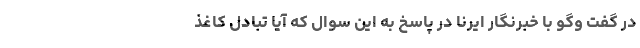
در گفت وگو با خبرنگار ایرنا در پاسخ به این سوال که آیا تبادل کاغذ